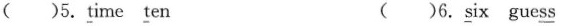
( )5.\underline{t}ime \underline{t}en ( )6.\underline{s}ix gue\underline{ss}